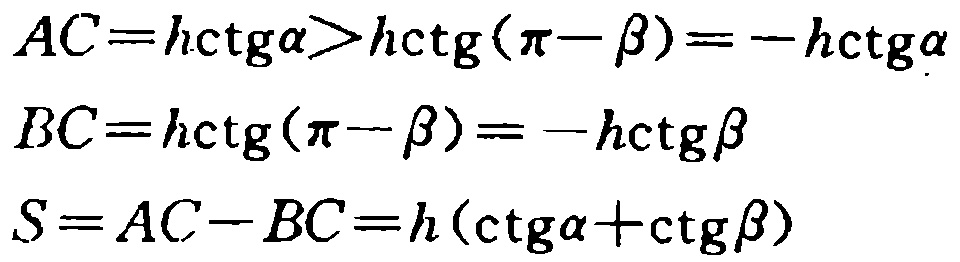
\[

\begin{align*}

AC&=h\mathrm{ctg}\alpha>h\mathrm{ctg}(\pi - \beta)=-h\mathrm{ctg}\alpha\\

BC&=h\mathrm{ctg}(\pi - \beta)=-h\mathrm{ctg}\beta\\

S&=AC - BC=h(\mathrm{ctg}\alpha+\mathrm{ctg}\beta)

\end{align*}

\]